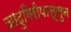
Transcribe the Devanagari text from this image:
जादुगिरीपासूसुन